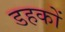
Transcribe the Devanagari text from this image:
डहकों